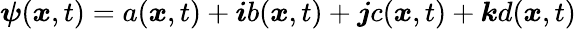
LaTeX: \boldsymbol{\psi}(\boldsymbol{x},t)=a(\boldsymbol{x},t)+\boldsymbol{i}b(\boldsymbol{x},t)+\boldsymbol{j}c(\boldsymbol{x},t)+\boldsymbol{\mathit{k}}d(\boldsymbol{x},t)